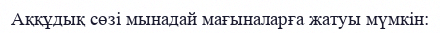
Аққұдық сөзі мынадай мағыналарға жатуы мүмкін: